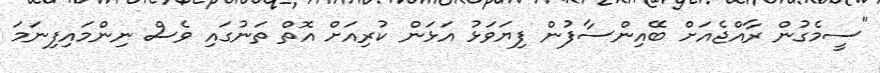
"ސީމެގުން ރާއްޖެއަށް ބޭއިންސާފުން ފިޔަވަޅު އަޅަން ކުރިއަށް އޮތް ތަނުގައި ވެސް ނިންމައިފިނަމަ